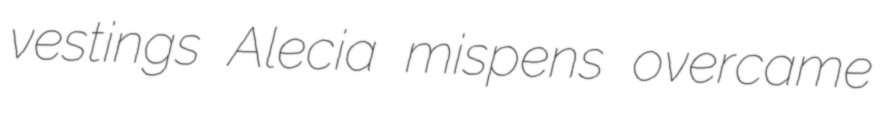
vestings Alecia mispens overcame